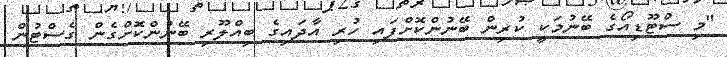
"މި ސްޓޫޑިއޯގެ ބޭނުމަކީ ކުރިން ބޭނުންކޮށްފައި ހުރި އާދައިގެ ބިއްލޫރި ބޭނުންކޮށްގެން ގެސްޓުން